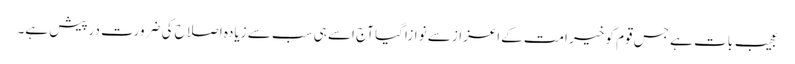
عجیب بات ہے جس قوم کو خیر امت کےاعزاز سے نوازا گیا آج اسے ہی سب سے زیادہ اصلاح کی ضرورت درپیش ہے۔